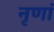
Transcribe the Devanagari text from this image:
नृणां